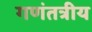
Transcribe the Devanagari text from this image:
गणंतत्रीय